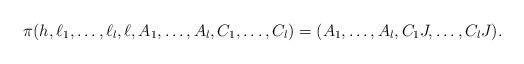
LaTeX: \begin{align*}\pi(h,\ell_1,\ldots,\ell_l,\ell,A_1,\ldots,A_l,C_1,\ldots,C_l)=(A_1,\ldots,A_l,C_1J,\ldots,C_lJ).\end{align*}